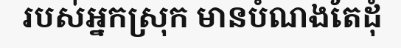
របស់អ្នកស្រុក មានបំណងតែដុំ